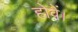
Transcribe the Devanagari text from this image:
होवें।